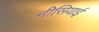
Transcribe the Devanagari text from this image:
नीसियाई